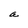
Character: a